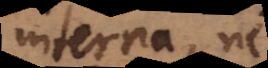
interna, ne